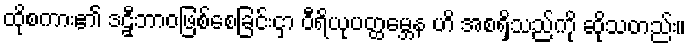
ထိုစကား၏ ဒဠှီဘာဝဖြစ်စေခြင်းငှာ ဝီရိယုပတ္ထမ္ဘေန ဟိ အစရှိသည်ကို ဆိုသတည်း။